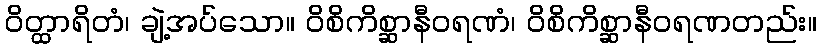
ဝိတ္ထာရိတံ၊ ချဲ့အပ်သော။ ဝိစိကိစ္ဆာနီဝရဏံ၊ ဝိစိကိစ္ဆာနီဝရဏတည်း။